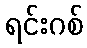
ရင်းဂစ်